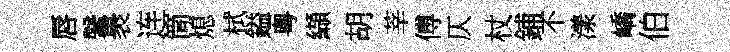
唇鞶褁连筒熄栻鎰粤纈胡莘傅仄杖鋪不漾嶠伯